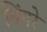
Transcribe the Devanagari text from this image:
निंगरे